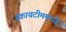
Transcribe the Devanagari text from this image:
स्कायटीममध्ये